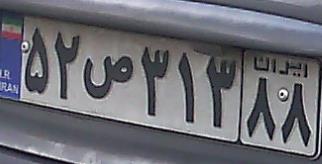
۵۲ص۳۱۳۸۸